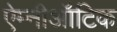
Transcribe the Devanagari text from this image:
ऐम्नीऑटिक